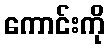
ကောင်းကို